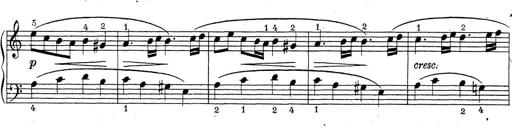
Title: ÄŒeskÃ© Sonatiny
Composer: Various